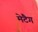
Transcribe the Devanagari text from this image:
मेटैग